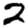
Digit: 2